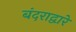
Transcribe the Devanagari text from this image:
बंदराद्वारे